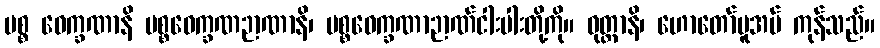
ပစ္စ ဝေက္ခဏာနိ ပစ္စဝေက္ခဏဉာဏာနိ၊ ပစ္စဝေက္ခဏာဉာဏ်ငါးပါးတို့ကို။ ဝုတ္တာနိ၊ ဟောတော်မူအပ် ကုန်သည်။